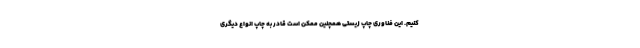
کنیم. این فناوری چاپ زیستی همچنین ممکن است قادر به چاپ انواع دیگری